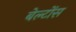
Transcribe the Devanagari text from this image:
बेल्टोंस